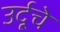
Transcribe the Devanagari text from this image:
उर्दूचे